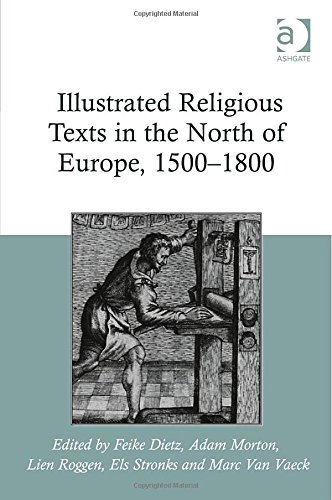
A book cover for Illustrated Religious Texts in the North of Europe, 1500-1800; Crafts, Hobbies & Home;